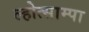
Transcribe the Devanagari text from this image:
ल्होत्साम्पा